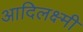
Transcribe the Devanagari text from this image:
आदिलक्ष्मी